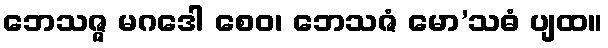
ဘေသဇ္ဇ မဂဒေါ စေဝ၊ ဘေသဇံ မော’သဓံ ပျထ။